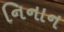
નિનાન